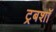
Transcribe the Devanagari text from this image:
ट्रबशॉ